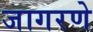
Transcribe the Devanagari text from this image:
जागरणे